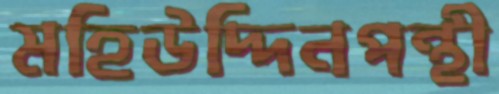
মহিউদ্দিনপন্থী